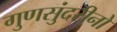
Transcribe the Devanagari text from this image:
गुणसुंदरीनो